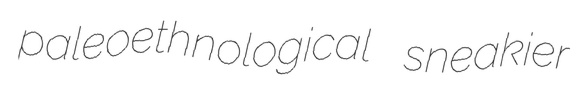
paleoethnological sneakier